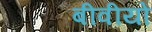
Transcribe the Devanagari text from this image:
बीवीयों